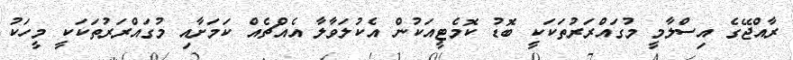
ރާއްޖޭގެ އިސްލާމީ މުގައްރަރުތަކަކީ ބޮޑު ކޮމެޓީއަކުން އެކުލަވާލާ އެއްޗެއް ކަމަށާއި މުގައްރަރުތަކަކީ މީހަކު